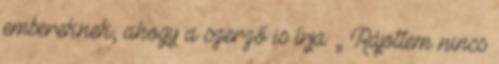
embereknek, ahogy a szerző is írja: „ Rájöttem nincs